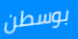
بوسطن